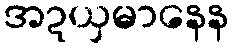
အဍယှမာနေန